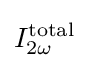
I_{2\omega }^{\text{total}}